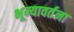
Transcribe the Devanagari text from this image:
भूम्यावर्तना